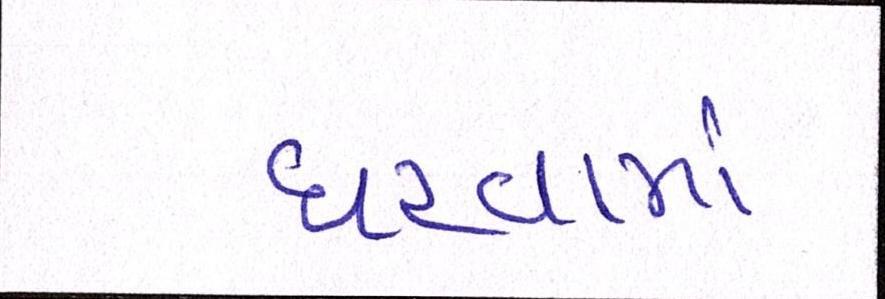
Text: ધરવામાં